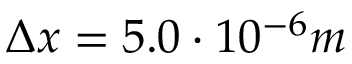
\Delta x = 5 . 0 \cdot 1 0 ^ { - 6 } m